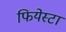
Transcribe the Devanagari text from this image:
फियेस्टा